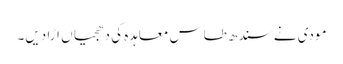
مودی نے سندھ طاس معاہدہ کی دھجیاں اڑا دیں۔